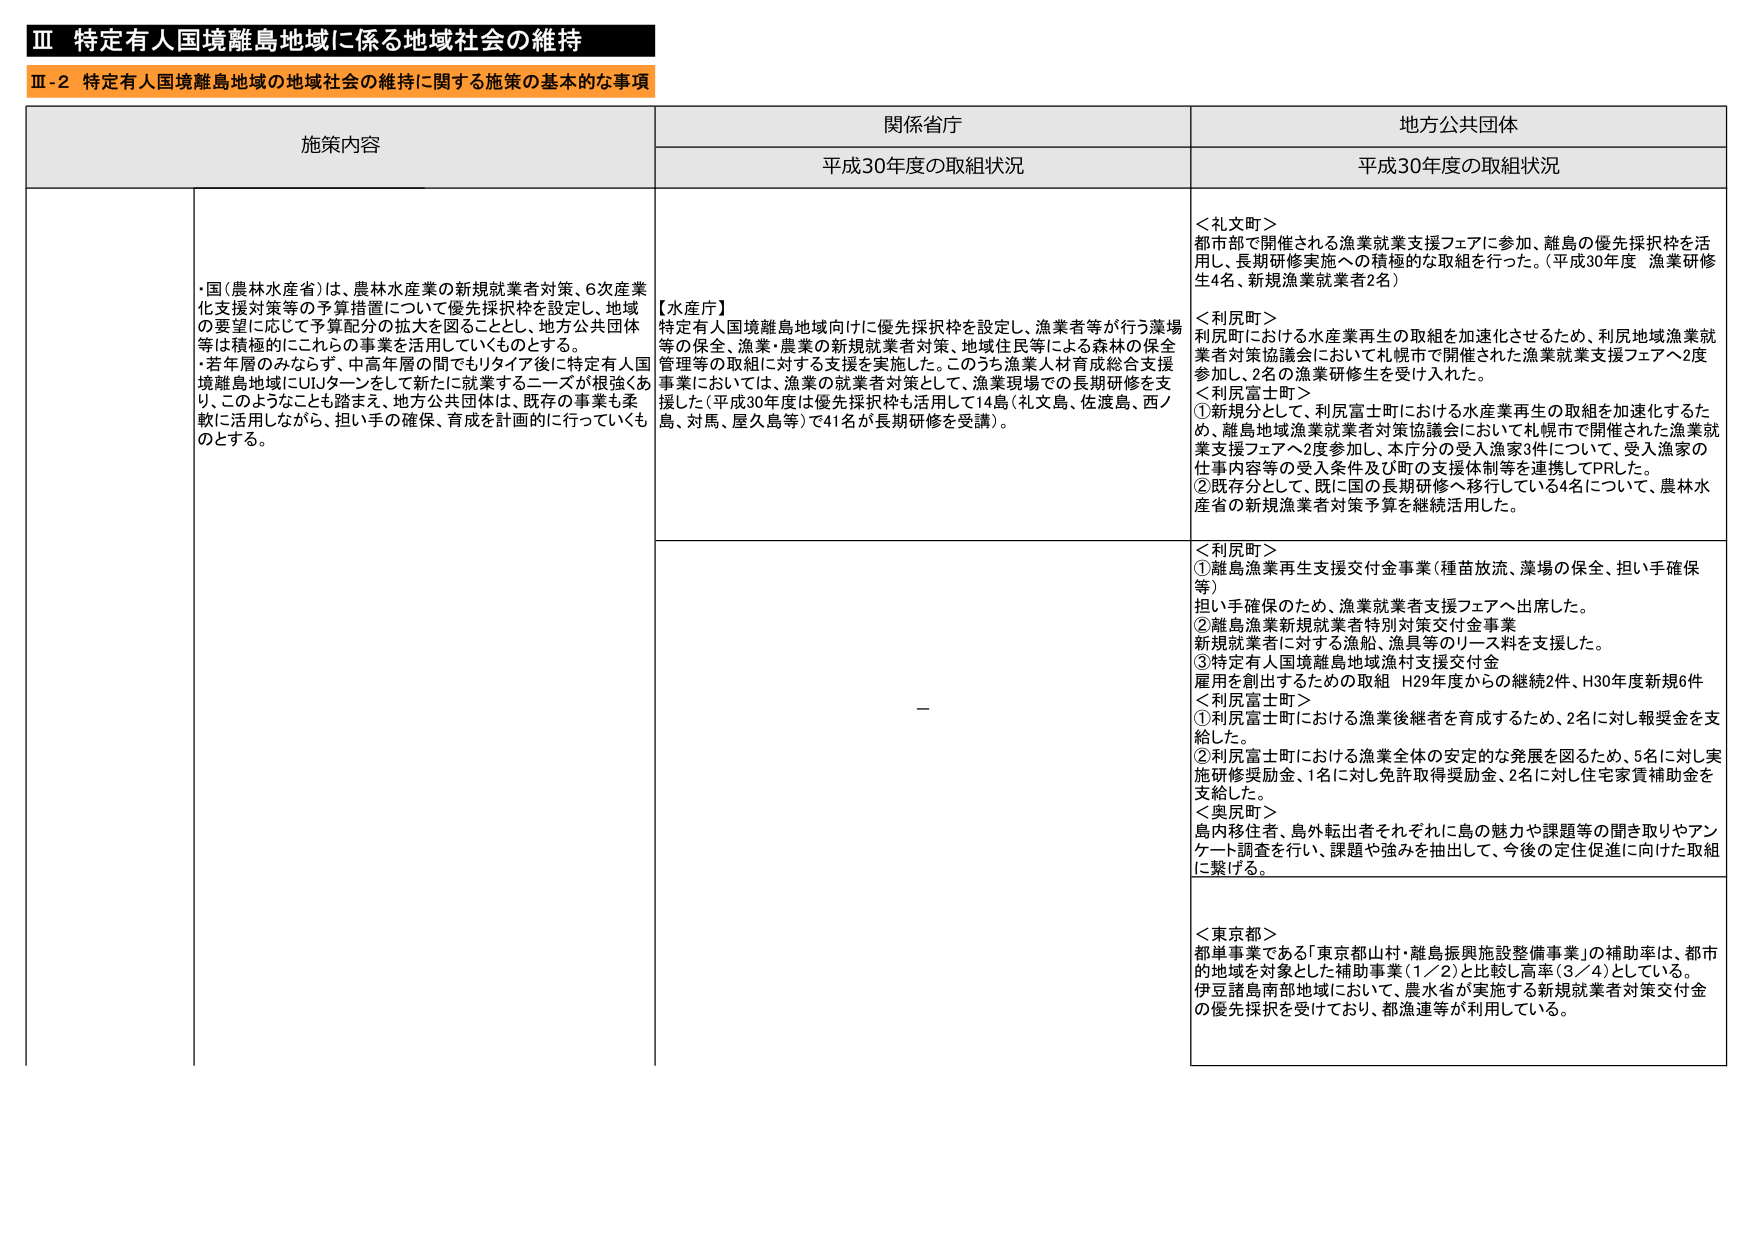
Ⅲ 特定有人国境離島地域に係る地域社会の維持
Ⅲ-2 特定有人国境離島地域の地域社会の維持に関する施策の基本的な事項

施策内容
関係省庁
地方公共団体

平成30年度の取組状況
平成30年度の取組状況

・国（農林水産省）は、農林水産業の新規就業者対策、6次産業化支援対策等の予算措置について優先採択枠を設定し、地域の要望に応じて予算配分の拡大を図ることとし、地方公共団体等は積極的にこれらの事業を活用していくものとする。
・若年層のみならず、中高年層の間でもリタイア後に特定有人国境離島地域にUターンをして新たに就業するニーズが根強くあり、このようなことも踏まえ、地方公共団体は、既存の事業も柔軟に活用しながら、担い手の確保、育成を計画的に行っていくものとする。

【水産庁】
特定有人国境離島地域向けに優先採択枠を設定し、漁業者等が行う藻場等の保全、漁業・農業の新規就業者対策、地域住民等による森林の保全管理等の取組に対する支援を実施した。このうち漁業人材育成総合支援事業においては、漁業の就業者対策として、漁業現場での長期研修を支援した（平成30年度は優先採択枠を活用して14島（礼文島、佐渡島、西ノ島、対馬、屋久島等）で41名が長期研修を受講）。

＜礼文町＞
都市部で開催される漁業就業支援フェアに参加、離島の優先採択枠を活用し、長期研修実施への積極的な取組を行った。（平成30年度 漁業研修生4名、新規漁業就業者2名）

＜利尻町＞
利尻町における水産業再生の取組を加速化させるため、利尻地域漁業就業者対策協議会において札幌市で開催された漁業就業支援フェアへ2度参加し、2名の漁業研修生を受け入れた。

＜利尻富士町＞
①新規分として、利尻富士町における水産業再生の取組を加速化するため、離島地域漁業就業者対策協議会において札幌市で開催された漁業就業支援フェアへ2度参加し、本庁分の受入漁家3件について、受入漁家の仕事内容等の受入条件及び町の支援体制等を連携してPRした。
②既存分として、既に国の長期研修へ移行している4名について、農林水産省の新規漁業者対策予算を継続活用した。

＜利尻町＞
①離島漁業再生支援交付金事業（種苗放流、藻場の保全、担い手確保等）
担い手確保のため、漁業就業者支援フェアへ出席した。
②離島漁業新規就業者特別対策交付金事業
新規就業者に対する漁船、漁具等のリース料を支援した。
③特定有人国境離島地域漁村支援交付金
雇用を創出するための取組 H29年度からの継続2件、H30年度新規6件

＜利尻富士町＞
①利尻富士町における漁業後継者を育成するため、2名に対し報奨金を支給した。
②利尻富士町における漁業全体の安定的な発展を図るため、5名に対し実施研修奨励金、1名に対し免許取得奨励金、2名に対し住宅家賃補助金を支給した。

＜奥尻町＞
島内移住者、島外転出者それぞれに島の魅力や課題等の聞き取りやアンケート調査を行い、課題や強みを抽出して、今後の定住促進に向けた取組に繋げる。

＜東京都＞
都単事業である「東京都山村・離島振興施設整備事業」の補助率は、都市的地域を対象とした補助事業（1／2）と比較し高率（3／4）としている。伊豆諸島南部地域において、農水省が実施する新規就業者対策交付金の優先採択を受けており、都漁連等が利用している。